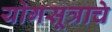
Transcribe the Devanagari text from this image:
योगसूत्राचे